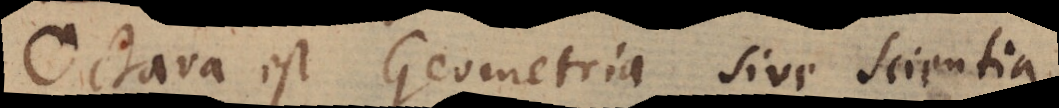
Octava est Geometria sive scientia